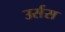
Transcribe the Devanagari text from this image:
उर्सस